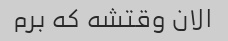
الان وقتشه که برم